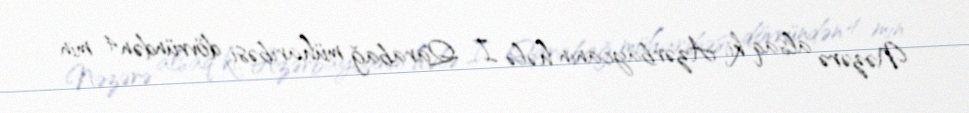
Nəzərə alsaq ki, Azərbaycanın hələ I Qarabağ müharibəsi dövründən 4 min